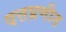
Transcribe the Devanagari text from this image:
दत्तप्रणीत